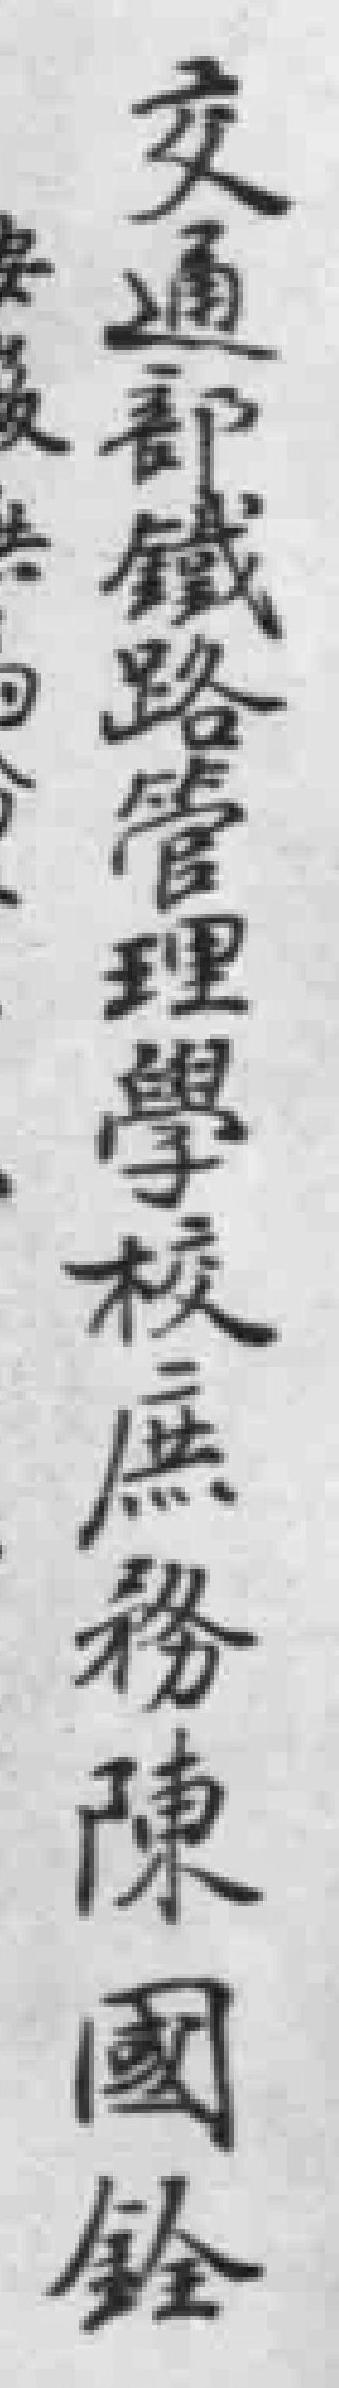
交通都鐵路管理學校庶務陳國銓